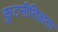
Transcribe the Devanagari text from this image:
कुटनीतिज्ञता